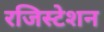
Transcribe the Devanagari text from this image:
रजिस्टेशन